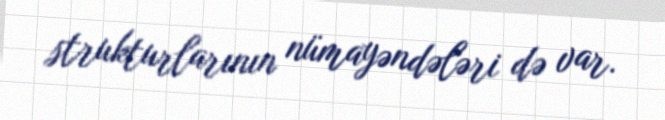
strukturlarının nümayəndələri də var.